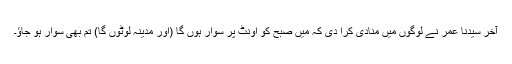
آخر سیدنا عمرؓ نے لوگوں میں منادی کرا دی کہ میں صبح کو اونٹ پر سوار ہوں گا (اور مدینہ لوٹوں گا) تم بھی سوار ہو جاؤ۔